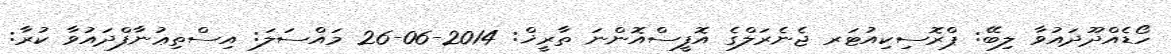
ހޯޑެއްދޫދައުވާ ލިބޭ: ޕްރޮސިކިއުޓަރ ޖެނެރަލްގެ އޮފީސްއޮންނަ ތާރީޚް: 2014-06-26 މައްސަލަ: އިސްތިޢުނާފްދައުވާ ކުރާ: